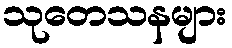
သုတေသနများ